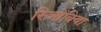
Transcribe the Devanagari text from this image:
रिज़ोबिया